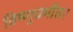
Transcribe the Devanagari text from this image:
विष्णुधर्मोतर